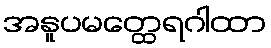
အနူပမတ္ထေရဂါထာ